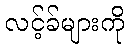
လင့်ခ်များကို